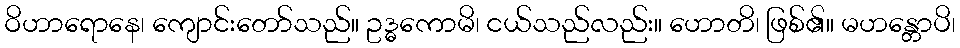
ဝိဟာရောနေ၊ ကျောင်းတော်သည်။ ဥဒ္ဓကောမိ၊ ငယ်သည်လည်း။ ဟောတိ၊ ဖြစ်၏။ မဟန္တောပိ၊